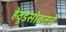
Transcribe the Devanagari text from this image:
हेवूडसोबतचे